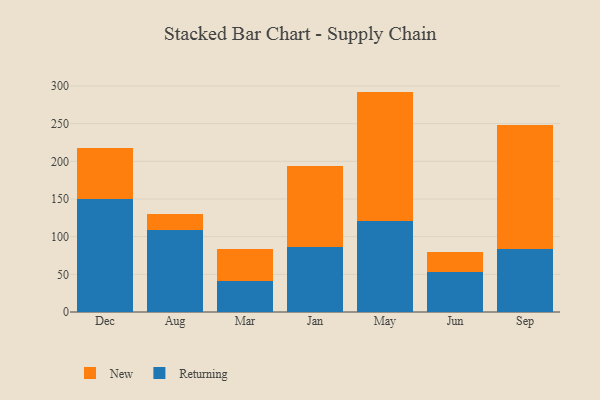
{"axis": {"x": "Month", "y": "Population (Million)"}, "legend": ["New", "Returning"], "data": [{"x": "Dec", "y": 150.6, "type": "Returning"}, {"x": "Dec", "y": 66.8, "type": "New"}, {"x": "Aug", "y": 109.2, "type": "Returning"}, {"x": "Aug", "y": 20.4, "type": "New"}, {"x": "Mar", "y": 41.4, "type": "Returning"}, {"x": "Mar", "y": 42.2, "type": "New"}, {"x": "Jan", "y": 86.8, "type": "Returning"}, {"x": "Jan", "y": 107.0, "type": "New"}, {"x": "May", "y": 120.7, "type": "Returning"}, {"x": "May", "y": 171.9, "type": "New"}, {"x": "Jun", "y": 52.5, "type": "Returning"}, {"x": "Jun", "y": 27.6, "type": "New"}, {"x": "Sep", "y": 84.1, "type": "Returning"}, {"x": "Sep", "y": 163.8, "type": "New"}]}